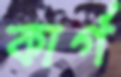
কার্গ